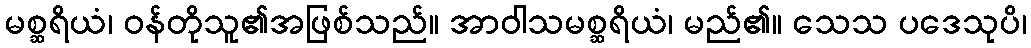
မစ္ဆရိယံ၊ ဝန်တိုသူ၏အဖြစ်သည်။ အာဝါသမစ္ဆရိယံ၊ မည်၏။ သေသ ပဒေသုပိ၊